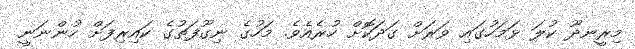
މިރީނދޫ ކުލަ ޅަމަހުގައި ވަރަށް ގަދަކޮށް ހުރެއެވެ. މަހުގެ ނިގޫފަތުގެ ކައިރިފަށް ހުންނަނީ